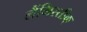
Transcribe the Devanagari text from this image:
लैंगिस्तीक्